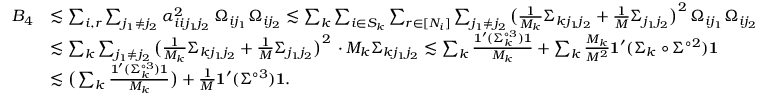
\begin{array} { r l } { B _ { 4 } } & { \lesssim \sum _ { i , r } \sum _ { j _ { 1 } \neq j _ { 2 } } \alpha _ { i i j _ { 1 } j _ { 2 } } ^ { 2 } \, \Omega _ { i j _ { 1 } } \Omega _ { i j _ { 2 } } \lesssim \sum _ { k } \sum _ { i \in S _ { k } } \sum _ { r \in [ N _ { i } ] } \sum _ { j _ { 1 } \neq j _ { 2 } } \big ( \frac { 1 } { M _ { k } } \Sigma _ { k j _ { 1 } j _ { 2 } } + \frac { 1 } { M } \Sigma _ { j _ { 1 } j _ { 2 } } \big ) ^ { 2 } \, \Omega _ { i j _ { 1 } } \Omega _ { i j _ { 2 } } } \\ & { \lesssim \sum _ { k } \sum _ { j _ { 1 } \neq j _ { 2 } } \big ( \frac { 1 } { M _ { k } } \Sigma _ { k j _ { 1 } j _ { 2 } } + \frac { 1 } { M } \Sigma _ { j _ { 1 } j _ { 2 } } \big ) ^ { 2 } \, \cdot M _ { k } \Sigma _ { k j _ { 1 } j _ { 2 } } \lesssim \sum _ { k } \frac { { \bf { 1 } } ^ { \prime } ( \Sigma _ { k } ^ { \circ 3 } ) { \bf { 1 } } } { M _ { k } } + \sum _ { k } \frac { M _ { k } } { M ^ { 2 } } { \bf { 1 } } ^ { \prime } ( \Sigma _ { k } \circ \Sigma ^ { \circ 2 } ) { \bf { 1 } } } \\ & { \lesssim \big ( \sum _ { k } \frac { { \bf { 1 } } ^ { \prime } ( \Sigma _ { k } ^ { \circ 3 } ) { \bf { 1 } } } { M _ { k } } \big ) + \frac { 1 } { M } \mathbf { 1 } ^ { \prime } ( \Sigma ^ { \circ 3 } ) \mathbf { 1 } . } \end{array}